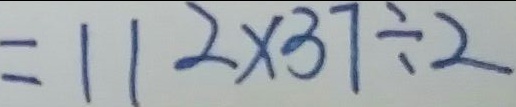
= 1 1 2 \times 3 7 \div 2